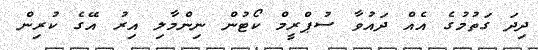
ދިދަ ގަތުމުގެ އެއް ދައުވާ ސުޕްރީމް ކޯޓުން ނިންމާލި އިރު އޭގެ ކުރިން